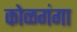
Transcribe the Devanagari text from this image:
कोळगंगा